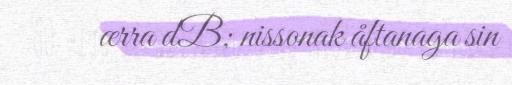
ærra dB; nissonak åftanaga sin